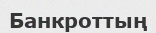
Банкроттың